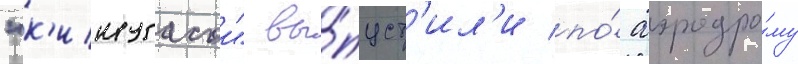
"к'инугасои" вы́пуст'ил'и по́ аэродро́му